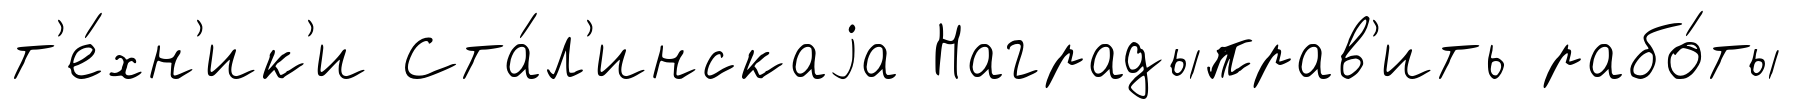
т'е́хн'ик'и Ста́л'инскаjа Наградыправ'ить рабо́ты